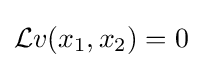
{\mathcal {L}}v(x_{1},x_{2})=0